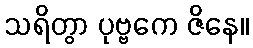
သရိတွာ ပုဗ္ဗကေ ဇိနေ။